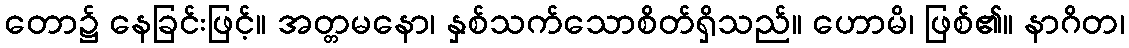
တော၌ နေခြင်းဖြင့်။ အတ္တမနော၊ နှစ်သက်သောစိတ်ရှိသည်။ ဟောမိ၊ ဖြစ်၏။ နာဂိတ၊